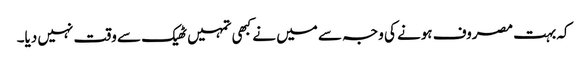
کہ بہت مصروف ہونے کی وجہ سے میں نے کبھی تمہیں ٹھیک سے وقت نہیں دیا۔